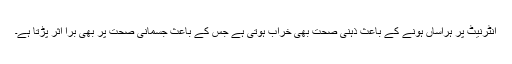
انٹرنیٹ پر ہراساں ہونے کے باعث ذہنی صحت بھی خراب ہوتی ہے جس کے باعث جسمانی صحت پر بھی برا اثر پڑتا ہے۔